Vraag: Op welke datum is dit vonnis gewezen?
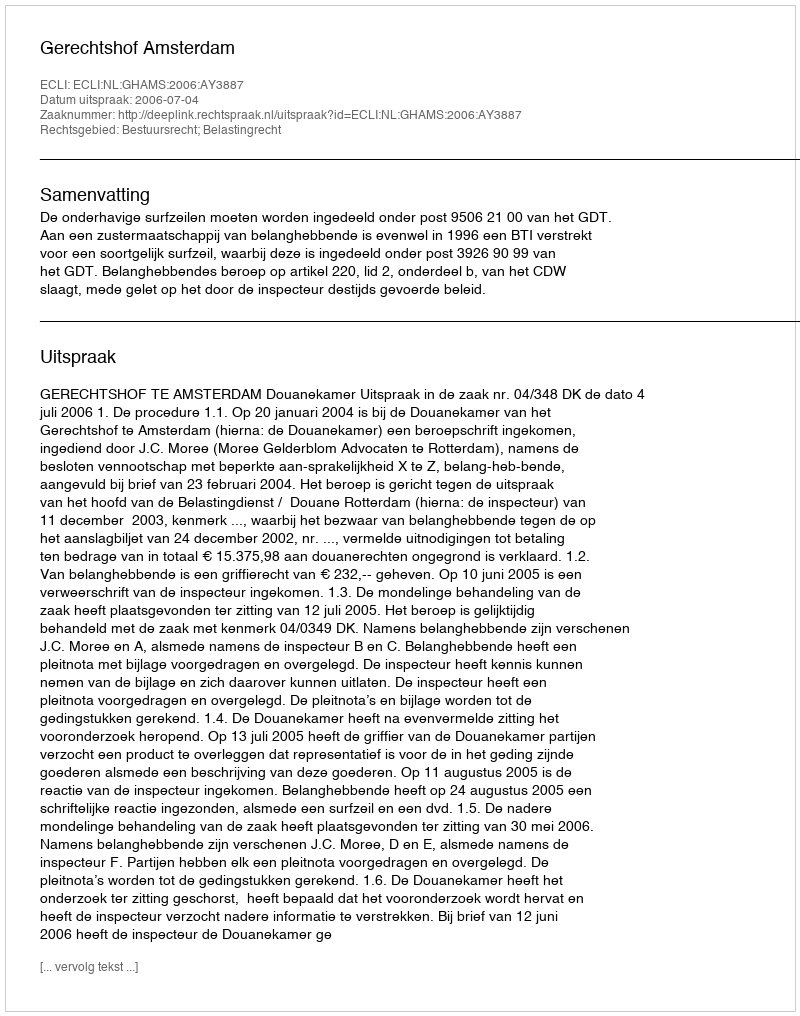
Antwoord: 2006-07-04